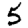
Digit: 5